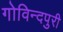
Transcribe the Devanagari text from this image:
गोविन्दपुरी